Annual report on the Civil Veterinary Department, Burma (including the Insein Veterinary School) - 1910-1922
Year: 1910
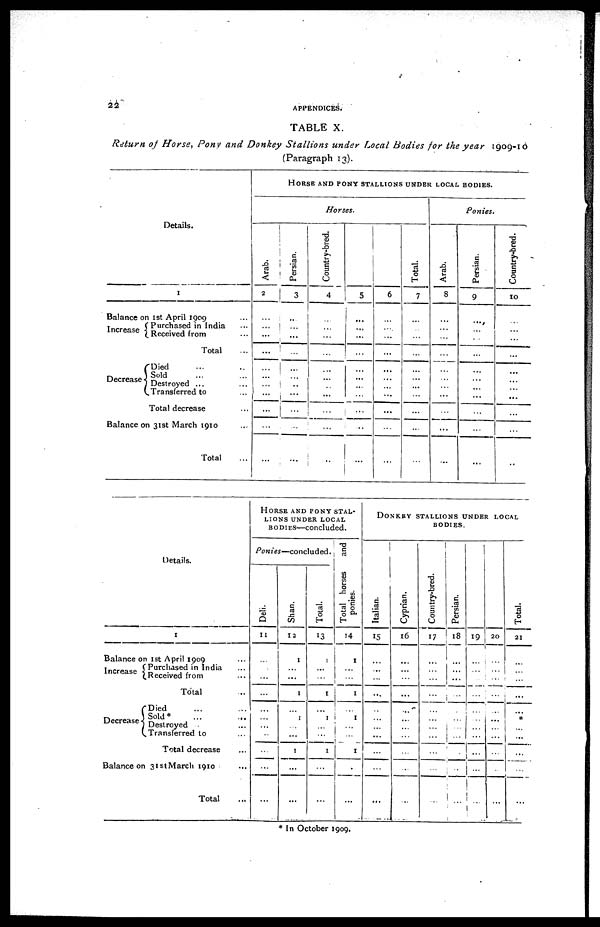
22
APPENDICES.
TABLE X.
Return of Horse, Pony and Donkey Stallions under Local Bodies for the year
1909-10
(Paragraph 13).
Details.
1
Balance on 1st April 1909 ...
Increase
...
Purchased in India ...
Received from ...
Total ...
Decrease
Died ... ...
Destroyed
...
...
Transferred to ...
Total decrease ...
Balance on 31st March 1910 ...
Total ...
HORSE AND PONY STALLIONS UNDER LOCAL BODIES.
Horses.
Arab.
2
...
...
...
...
...
...
...
...
...
...
Persian.
3
...
...
...
...
...
...
...
...
...
...
Country-bred.
4
...
...
...
...
...
...
...
...
...
...
5
...
...
...
...
...
...
...
...
...
...
6
...
...
...
...
...
...
...
...
...
...
Total.
7
...
...
...
...
...
...
...
...
...
...
Ponies.
Arab.
8
...
...
...
...
...
...
...
...
...
...
Persian.
9
...
...
...
...
...
...
...
...
...
...
Country-bred.
10
...
...
...
...
...
...
...
...
...
...
Details.
1
Balance on 1st April 1909 ...
Increase Purchased in India ...
Received from ...
Total ...
Decrease
Died ... ...
Sold* ... ...
Destroyed ...
Transferred to ..
Total decrease ...
Balance on 31st March 1910 ...
Total ...
HORSE AND PONY STAL-
----- UNDER LOCAL
BODIES—concluded.
Ponies—concluded.
Deli.
11
...
...
...
...
...
...
...
...
...
...
...
Shan.
12
1
...
...
1
...
1
...
...
1
...
...
Total.
13
1
...
...
1
...
1
...
...
1
...
...
Total horses
and
ponies.
14
1
...
...
1
...
1
...
...
1
...
...
DONKEY
STALLIONS
UNDER
LOCAL
BODIES.
I t al i an.
15
...
...
...
...
...
...
...
...
...
...
...
Cyprian.
16
...
...
...
...
...
...
...
...
...
...
...
Country-bred.
17
...
...
...
...
...
...
...
...
...
...
...
Persian.
18
...
...
...
...
...
...
...
...
...
...
...
19
...
...
...
...
...
...
...
...
...
...
...
20
...
...
...
...
...
...
...
...
...
...
...
Tot al .
21
...
...
...
...
...
*
...
...
...
...
...
* In October 1909.